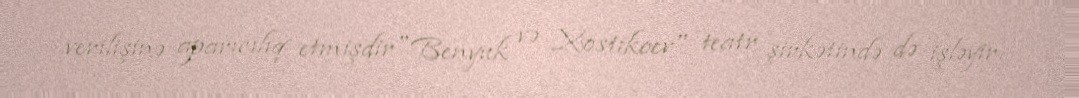
verilişinə aparıcılıq etmişdir"Benyuk və Xostikoev" teatr şirkətində də işləyir.